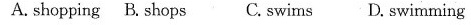
A. shopping B. Shops C. swims D. Swimming